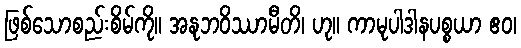
ဖြစ်သောစည်းစိမ်ကို။ အနုဘဝိဿာမီတိ၊ ဟု။ ကာမုပါဒါနပစ္စယာ ဧဝ၊